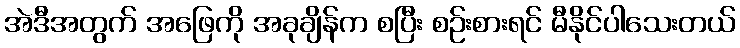
အဲဒီအတွက် အဖြေကို အခုချိန်က စပြီး စဉ်းစားရင် မီနိုင်ပါသေးတယ်